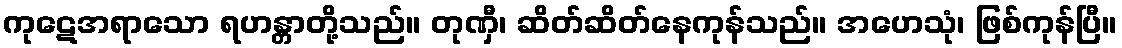
ကုဋေအရာသော ရဟန္တာတို့သည်။ တုဏှီ၊ ဆိတ်ဆိတ်နေကုန်သည်။ အဟေသုံ၊ ဖြစ်ကုန်ပြီ။